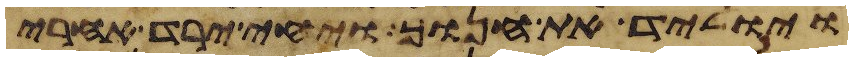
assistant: ויוליד את חנוך ויחי ירד אחרי